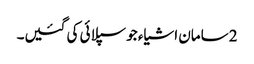
2 سامان اشیاء جو سپلائی کی گئیں۔